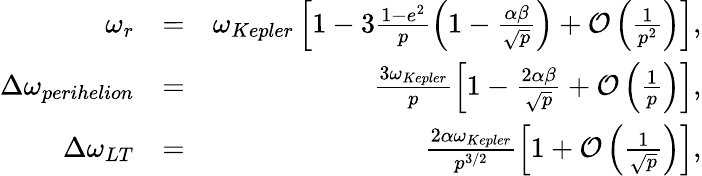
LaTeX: \begin{array}{rlr}{\omega_{r}}&{=}&{\omega_{Kepler}\left[1-3\frac{1-e^{2}}{p}\left(1-\frac{\alpha\beta}{\sqrt{p}}\right)+{\cal O}\left(\frac{1}{p^{2}}\right)\right],}\\ {\Delta\omega_{perihelion}}&{=}&{\frac{3\omega_{Kepler}}{p}\left[1-\frac{2\alpha\beta}{\sqrt{p}}+{\cal O}\left(\frac{1}{p}\right)\right],}\\ {\Delta\omega_{LT}}&{=}&{\frac{2\alpha\omega_{Kepler}}{p^{3/2}}\left[1+{\cal O}\left(\frac{1}{\sqrt{p}}\right)\right],}\end{array}